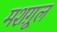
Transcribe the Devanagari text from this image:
मशग़ूल